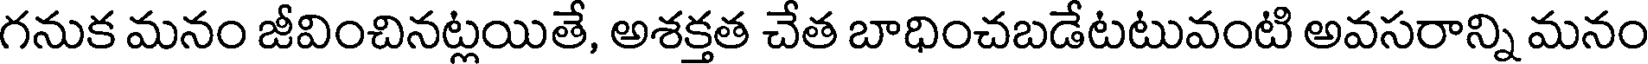
గనుక మనం జీవించినట్లయితే, అశక్తత చేత బాధించబడేటటువంటి అవసరాన్ని మనం